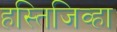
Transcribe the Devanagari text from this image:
हस्तिजिव्हा